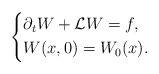
LaTeX: \begin{align*}\left\{\aligned&\partial_{t}W+\mathcal{L}W=f,\\&W(x,0)=W_{0}(x).\endaligned \right.\end{align*}